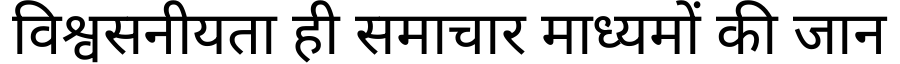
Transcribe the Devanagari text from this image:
विश्वसनीयता ही समाचार माध्यमों की जान